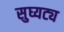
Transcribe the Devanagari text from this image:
सुघ्यट्य